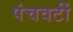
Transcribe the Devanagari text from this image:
पंचवटीं